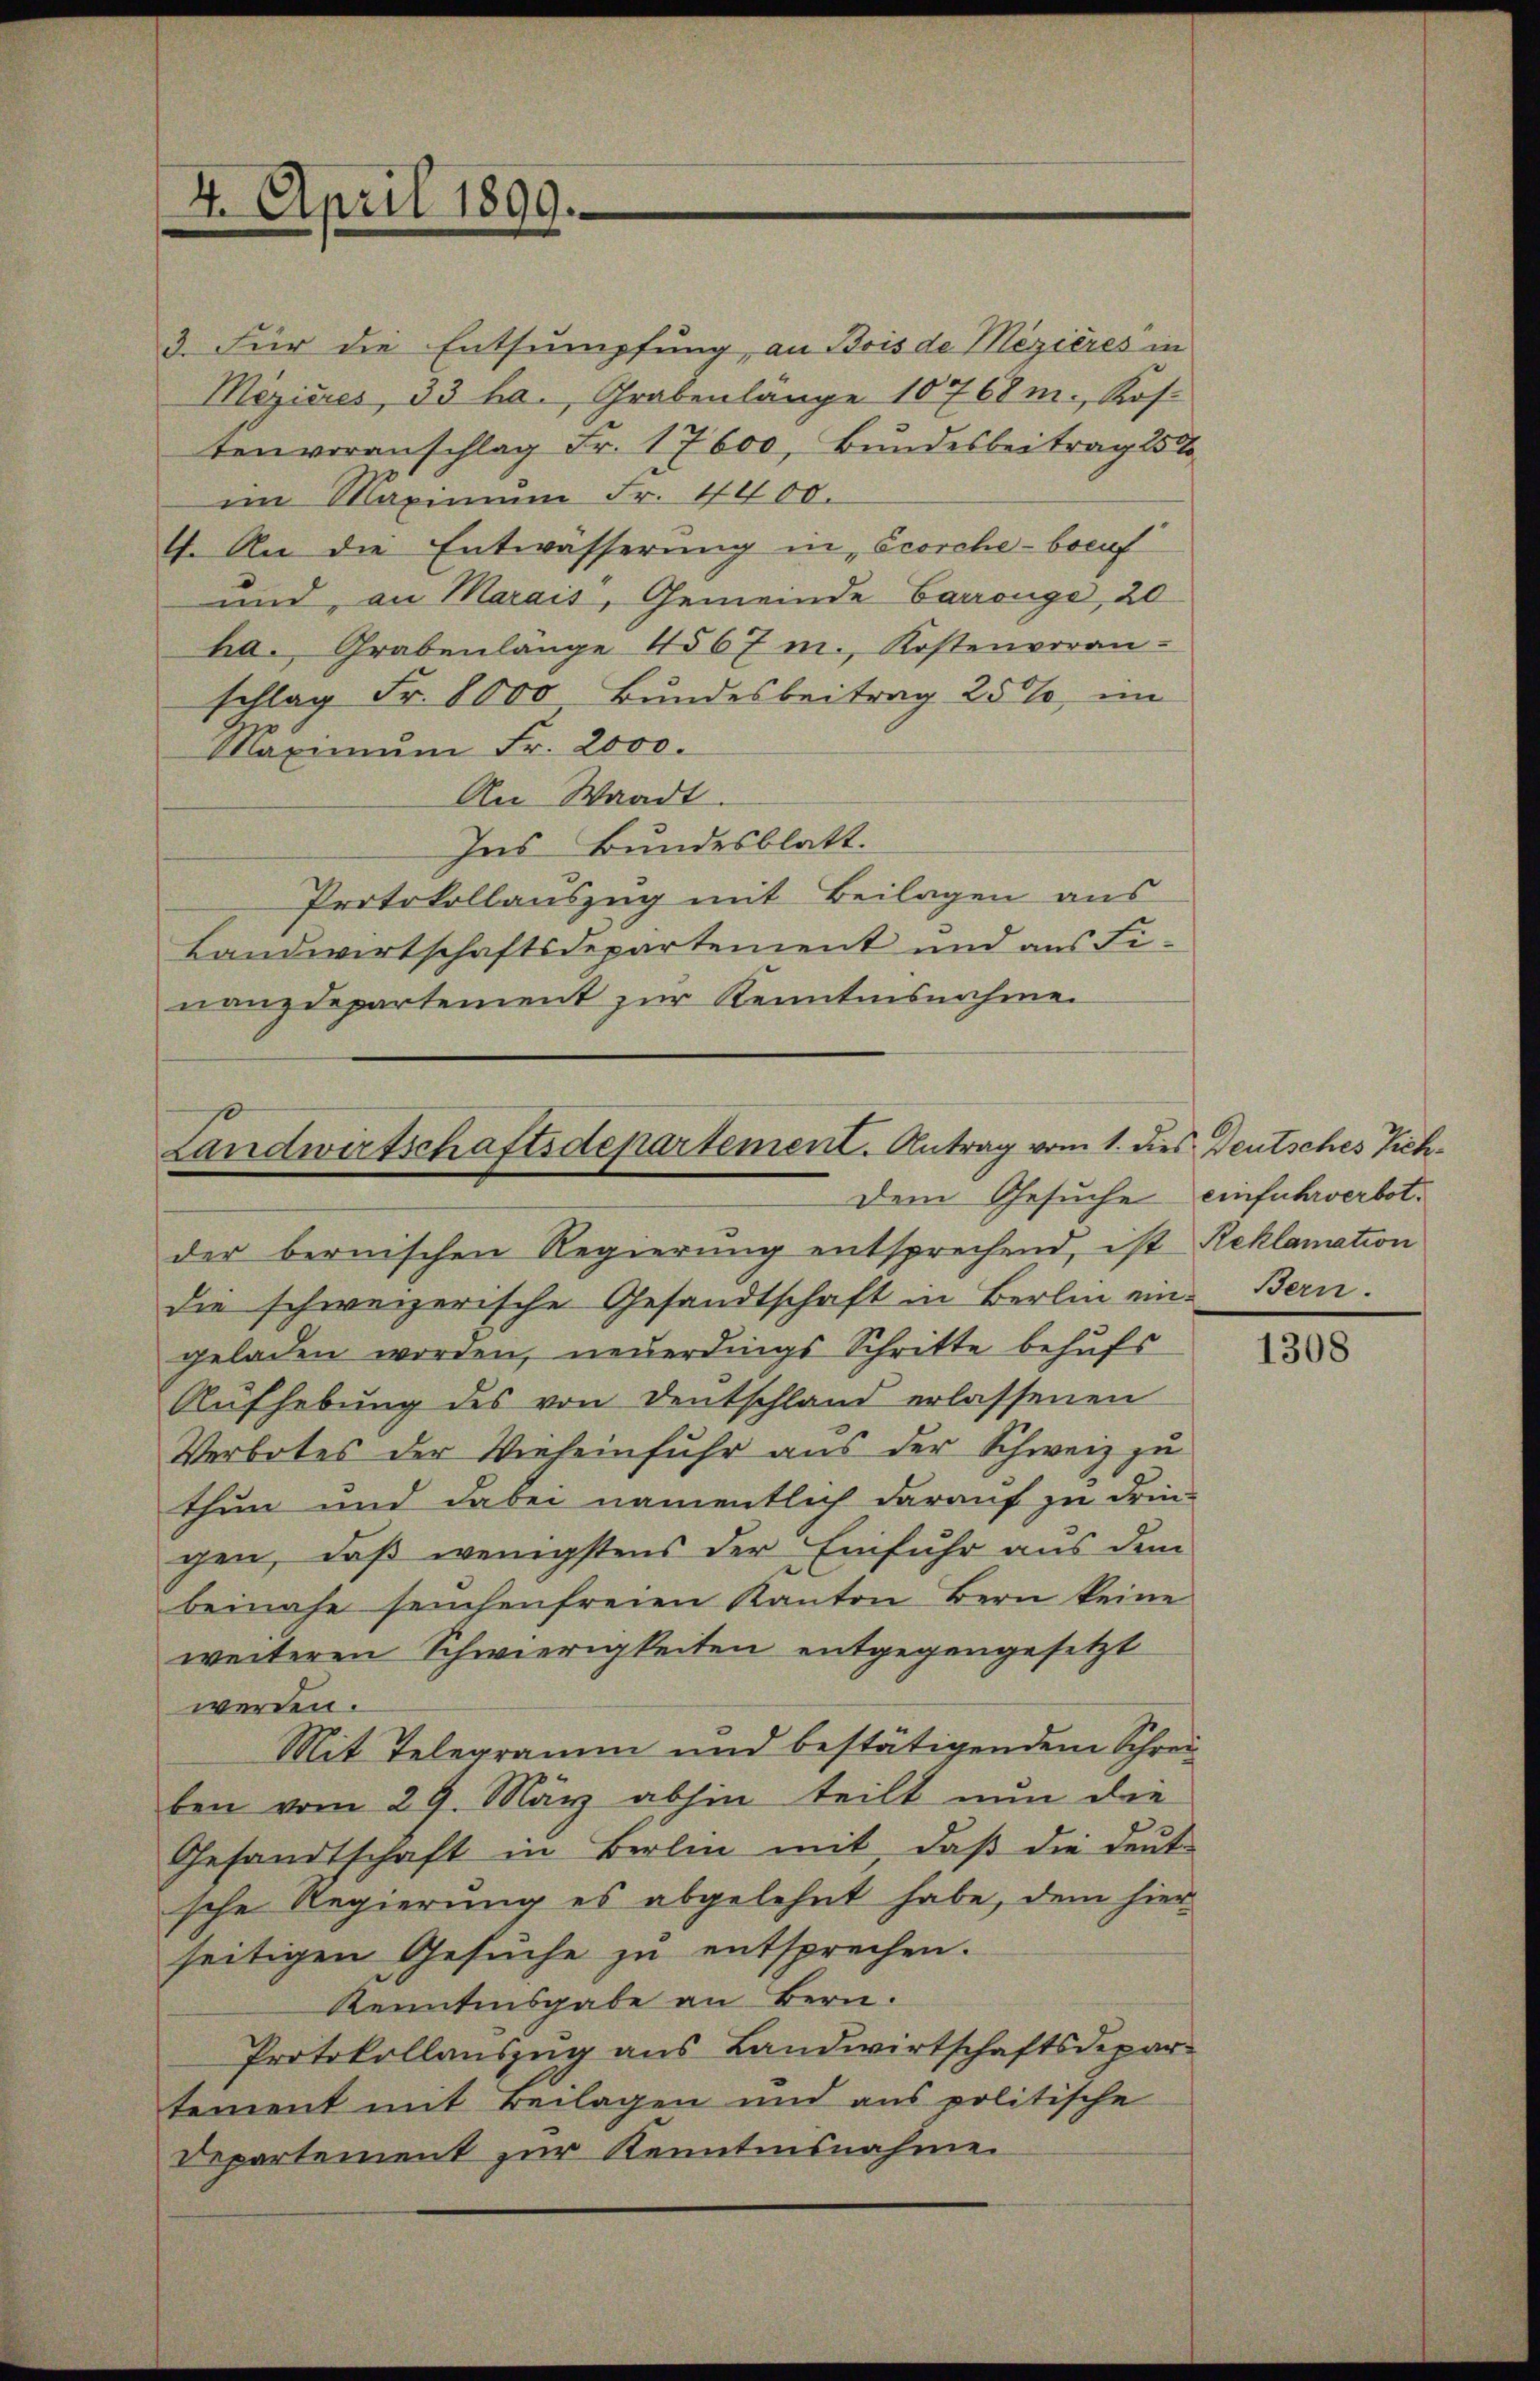
4. April 1899.

Landwirtschaftsdepartement. Antrag vom 1. dies Deutsches Vieh¬
Dem Gesuche einfuhrverbot¬

der bernischen Regierung entsprechend, ist Reklamation
die schweizerische Gesandtschaft in Berlin ein.
geladen worden, neuerdings Schritte behufs
Aŭfhebung des von Deutschland erlassenen
Verbotes der Vieheinfuhr aus der Schweiz zu
thun und dabei namentlich darauf zu drin
gen, daß wenigstens der Einfuhr aus dem
beinahe seuchenfreien Kanton Bern keine
weiteren Schwierigkeiten entgegengesetzt
werden.
Mit Telegramm und bestätigendem Schreiben vom 29. März abhin teilt nun die
Gesandtschaft in Berlin mit, daß die Leut
sche Regierung es abgelehnt habe, dem hier
seitigen Gesuche zu entsprechen.
Kenntnisgabe an Bern.
Protokollauszug aus Landwirtschaftsdepartement mit Beilagen und aus politische
Departement zur Kenntnisnahme

3. Für die Entsumpfung, an Bois de Mezières in
Mizieres, 33 ha. Grabenlänge 10768 m., Kostenvoranschlag Fr. 17600, Bundesbeitrag 25
im Maximum Fr. 4400.
4. An die Entwässerung in Ccorche-boruf
und, an Marais, Gemeinde Carrange, 20
ha. Grabenlänge 4567 m., Kostenvoran-
schlag Fr. 8000 Bundesbeitrag 250%, im
Maximŭm Fr. 2000.
An Waadt.
Ins Bundesblatt.
Protokollauszug mit Beilagen aus
Landwirtschaftsdepartement und aus Finanzdepartement zur Kenntnisnahme

Bern.

1308